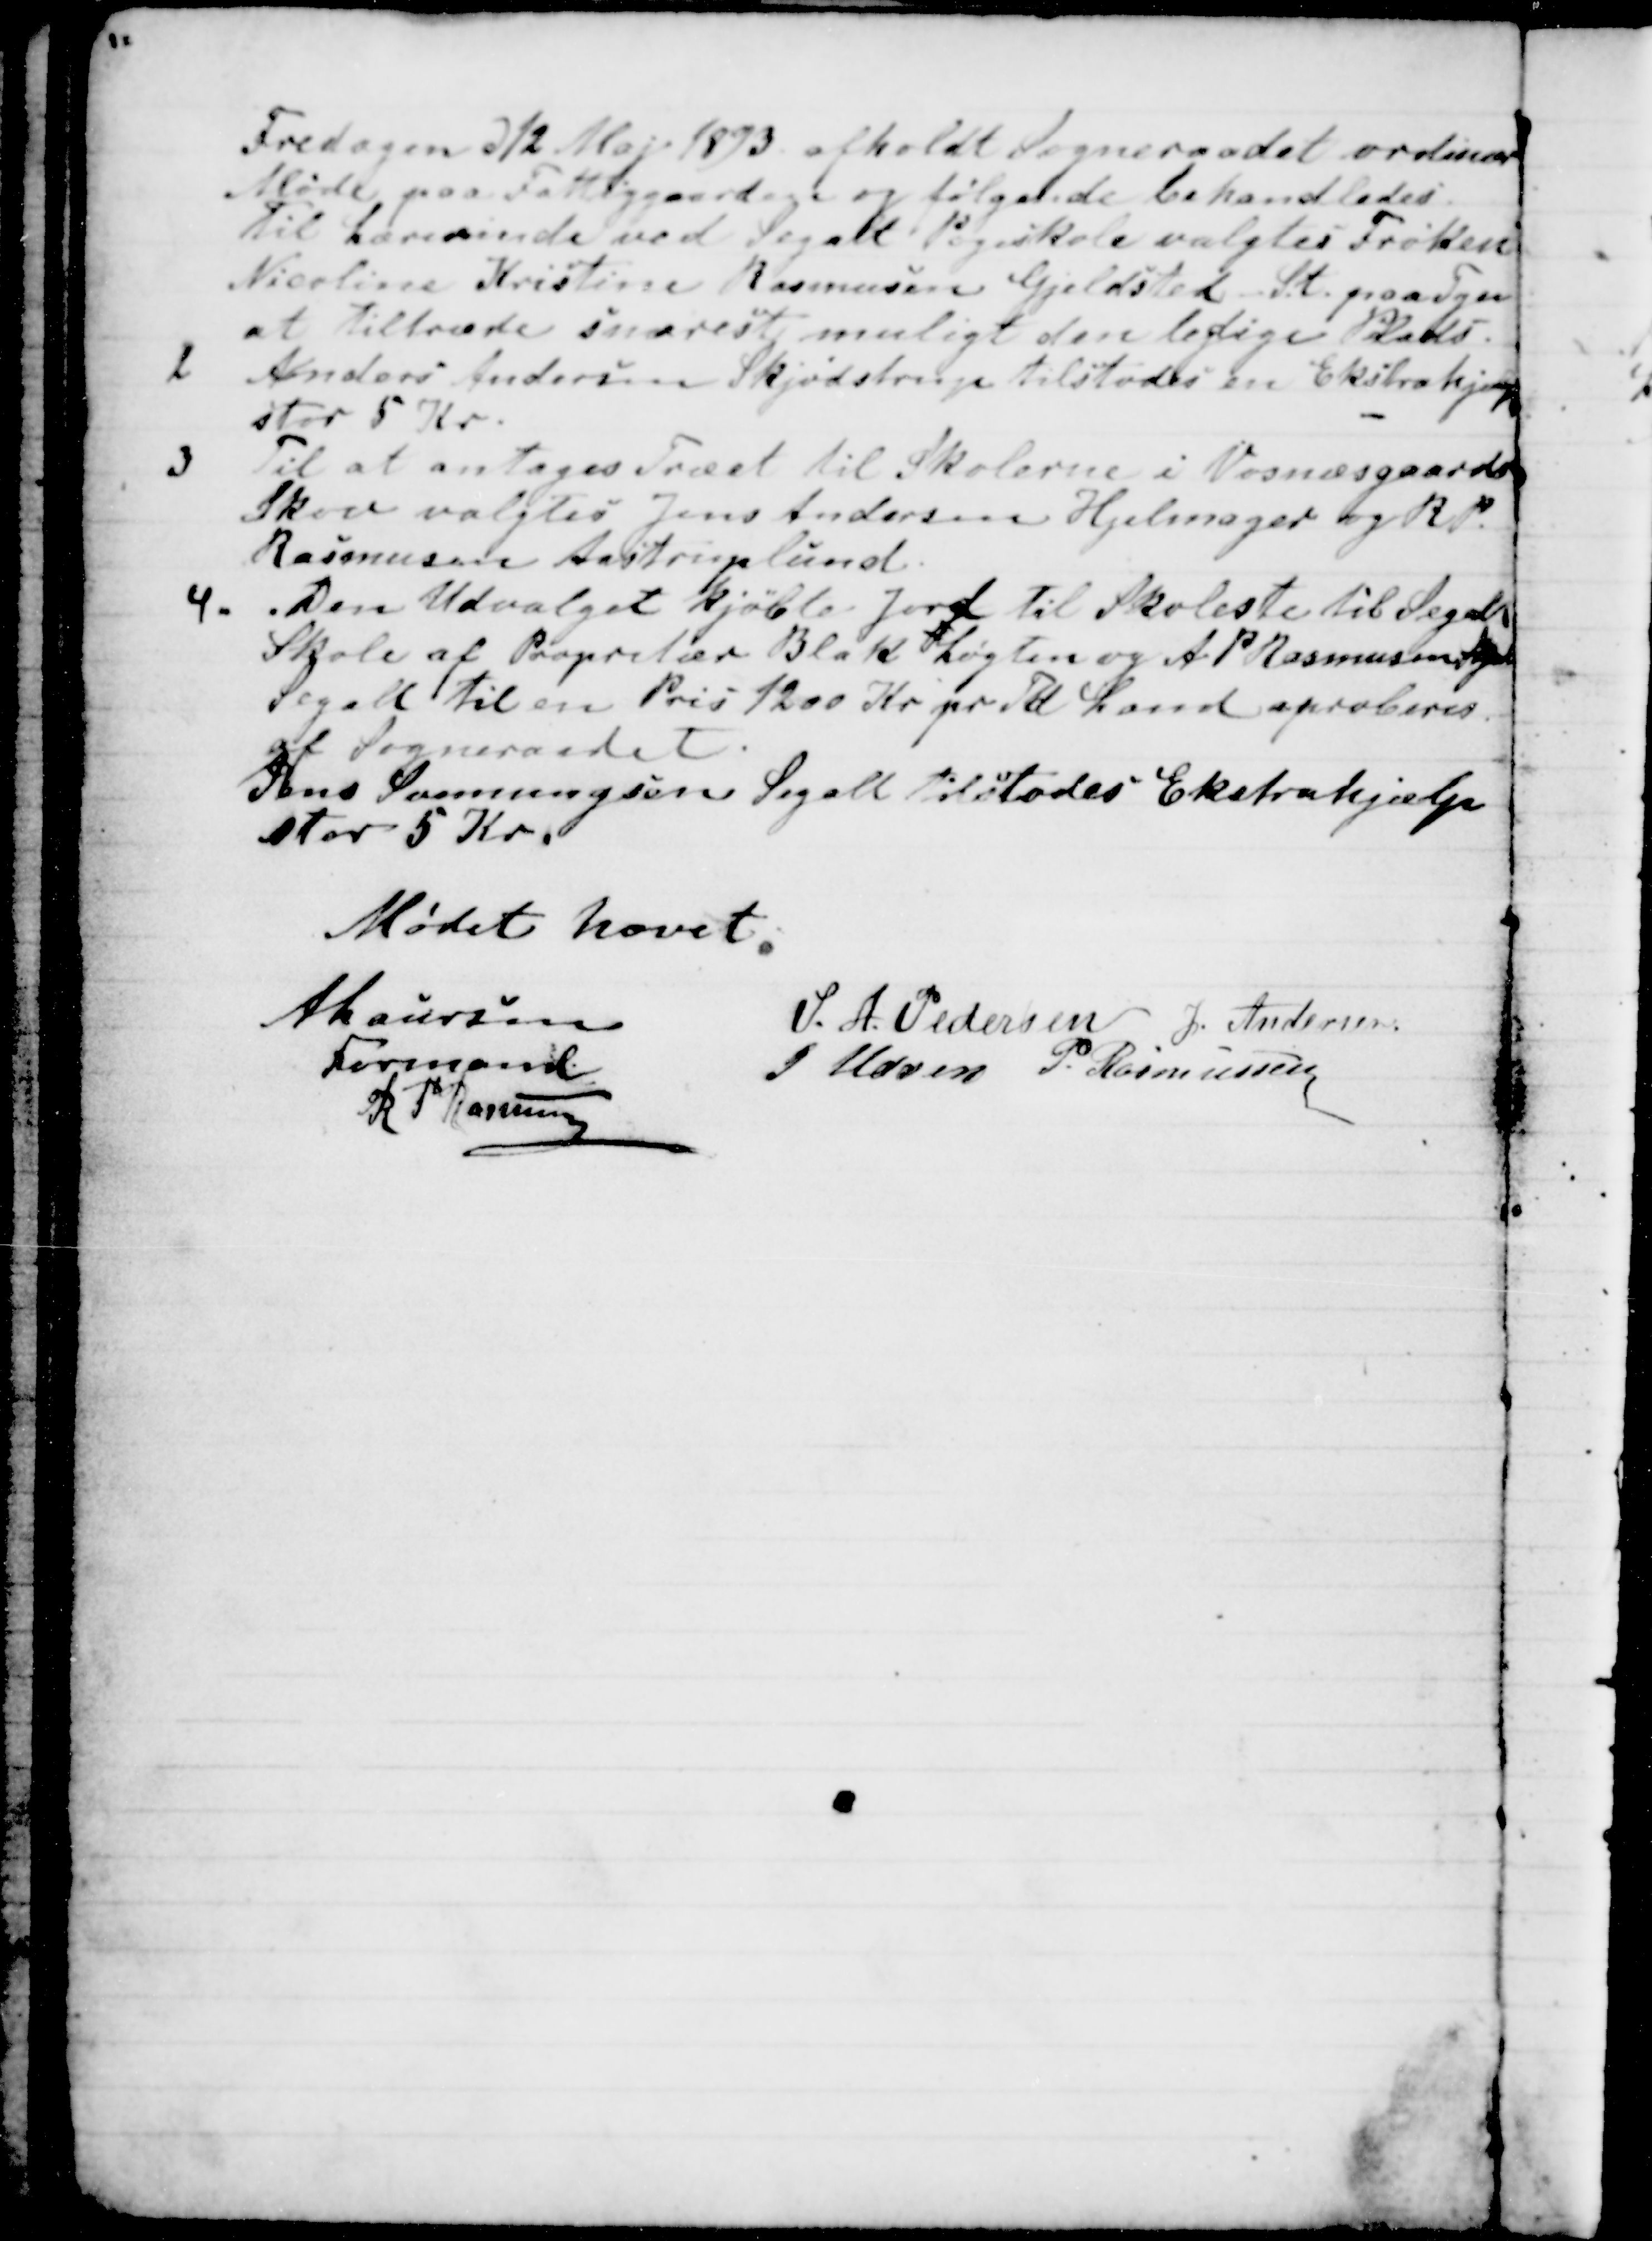
Transskription:
Fredagen d 12 Maj 1893 afholdt Sogneraadet ordinær
Møde paa Fattiggaarden og følgende behandledes
Til Lærerinde ved Segalt Pogeskole valgtes Frøken
Nicoline Kristine Rasmussen Gjelsted St. paa Fyn
at tiltræde snarest muligt den ledige Plads.
2  Anders Andersen Skjødstrup tilstodes en Ekstrahjælp
stor 5 Kr.
3  Til at antages Træet til Skolerne i Vosnesgaards
Skov valgtes Jens Andersen Hjelmager og R P.
Rasmussen Aastruplund.
4.
Den Udvalget kjøbte Jord til Skolesti til Segalt
Skole af Propritær Blak Løgten og A. P. Rasmussen Skjød
Segalt til en Pris 1200 Kr pr Td Land aproberes
af Sogneraadet.
Jens Svenningsen Segalt tilstodes Ekstrahjælp
stor 5 Kr.
Mødet hævet.
A Laursen
Formand
S. A. Pedersen
J. Andersen.
J Udsen
P. Rasmussen
R P Rasmussen